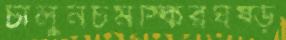
চালুনচমস্কিরঘষ্‌ড়